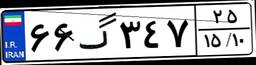
۶۶گ۳۴۷۲۵